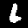
Label: 6